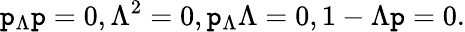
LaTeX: \mathtt{p}_{\Lambda}\mathtt{p}=0,\Lambda^{2}=0,\mathtt{p}_{\Lambda}\Lambda=0,1-\Lambda\mathtt{p}=0.